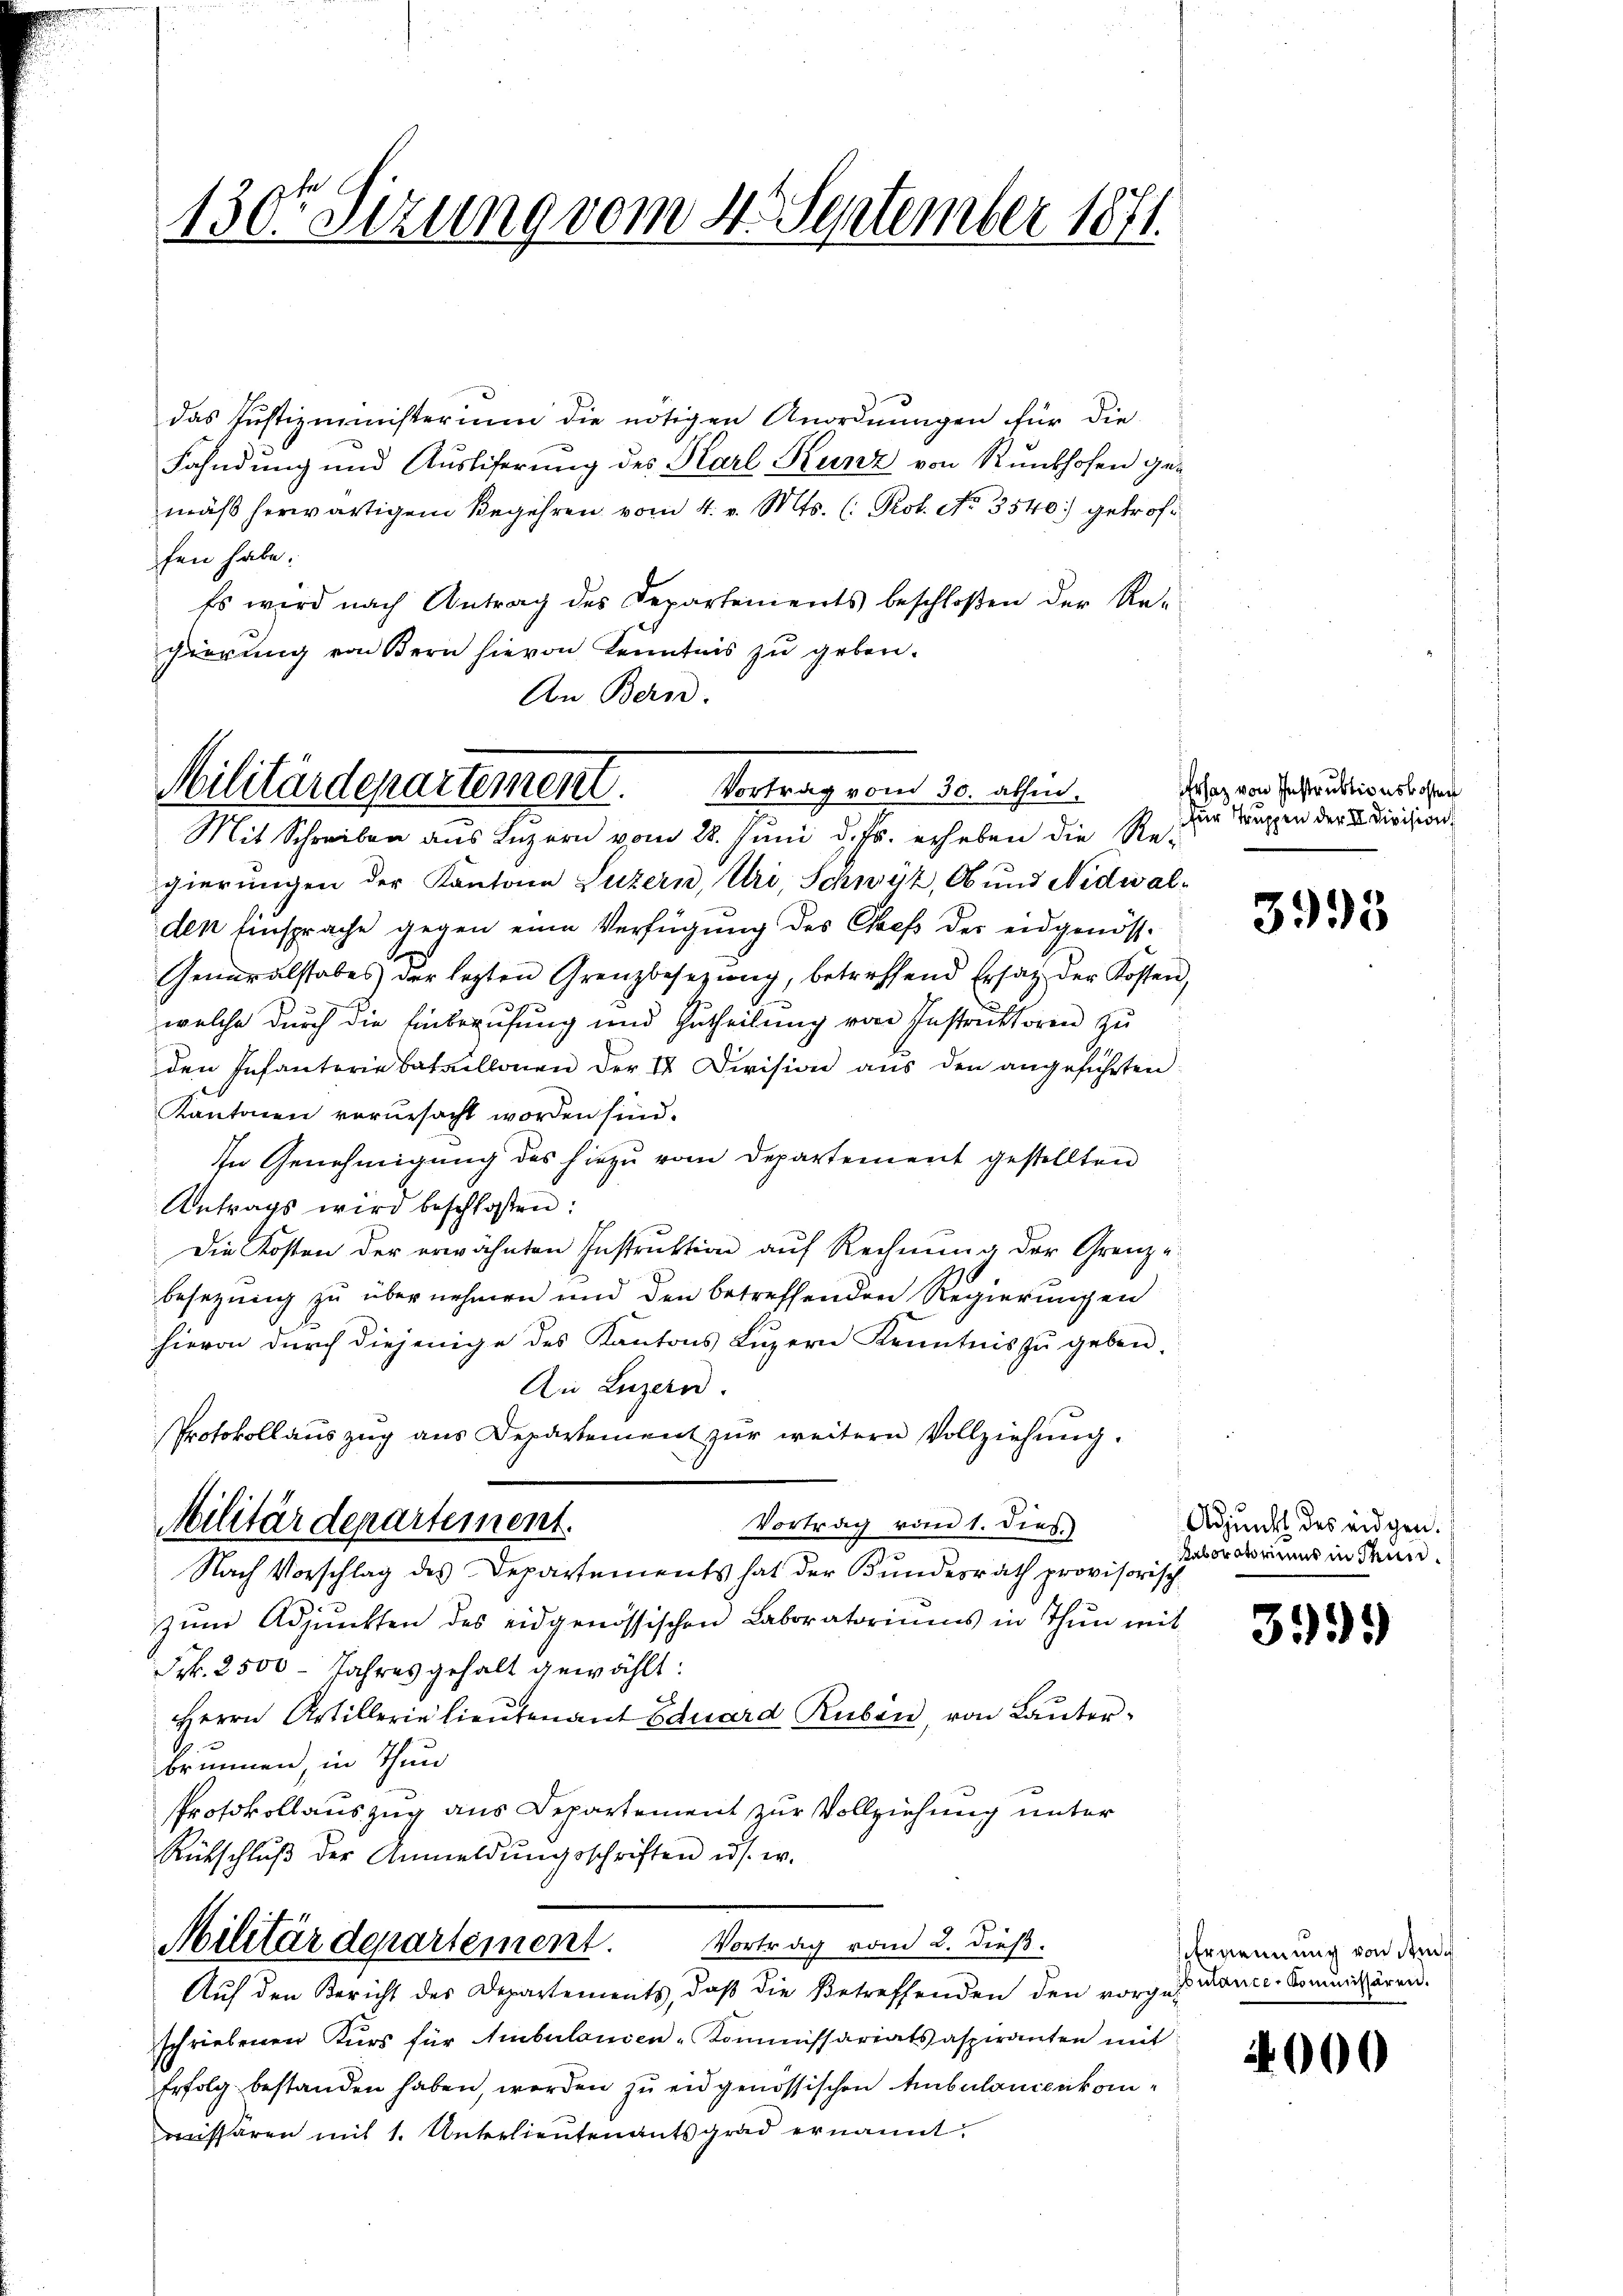
130ten Sizung vom 4. September 1871.

das Justizministerium die nötigen Anordnungen für die
Fahndung und Ausliferung des Karl Kunz von Runkhofen gemäß herwärtigem Begehren vom 4. v. Mts. (: Prot. No. 3540) getroffen habe.
Es wird nach Antrag des Departements beschloßen der Re-
gierung von Bern hievon Kenntnis zu geben.
An Bern.

Militärdepartement
Mit Schreiben aus Luzern vom 28. Juni d. Js. erheben die Re-

Vortrag vom 30. abhin.
gierungen der Kantone Luzern, Uri, Schwyz, Ob und Nidwal-
den Einsprache gegen eine Verfügung des Chef der eidgenöss¬
Generalstabes der lezten Grenzbesetzŭng, betreffend Ersatz der Kossen,
welche durch die Einberufung und Zutheilung von Instruktoren zu
den Infanterie bataillonen der II Division aus den angeführten
Kantonen verursacht worden sind.
In Genehmigung des hiezu vom Departement gestellten
Antrags wird beschloßen:
Die Kosten der erwähnten Instruktion auf Rechnŭng der Grenze
besetzung zu übernehmen und den betreffenden Regierungen
hievon durch diejenige des Kantons Luzern Kenntnis zu geben.
An Luzern.
Protokollauszug aus Departement zur weitern Vollziehung.
Vortrag vom 1. Dies.
Militärdepartement.
Nach Vorschlag des Departements hat der Bundesrath provisorisch
zŭm Adjunkten des eidgenössischen Laboratoriums in Thun mit
Frk. 2500 - Jahres gehalt gewählt:
Herrn Artillerie lieutenant Eduard Ruben, von Lauter
brunnen, in Thun
Protokollauszug aus Departement zur Vollziehung unter
Rütschlŭβ der Anmeldŭngsschriften u. s. w.

Vortrag vom 2. dieß.
Militärdepartement.

Auf den Bericht des Departements, daß die Betreffenden den vorgestante-Commissären.
schriebenen Kurs für Ambulanien-Kommissariatsaspiranten mit
Erfolg bestanden haben, werden zu eidgenössischen Ambulanienkommissären mit 1. Unterlieutenantsgrad ernannt:

Ersatz von Instruktionskosten
für Truppen der II. Division

3995

Adjunkt des eidgen.
Raboratoriums in Thun.

333)

Ernennung von Ande

4000